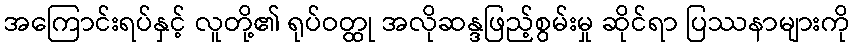
အကြောင်းရပ်နှင့် လူတို့၏ ရုပ်ဝတ္ထု အလိုဆန္ဒဖြည့်စွမ်းမှု ဆိုင်ရာ ပြဿနာများကို